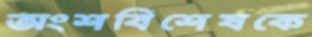
অংশবিশেষকে